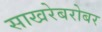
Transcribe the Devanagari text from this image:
साखरेबरोबर